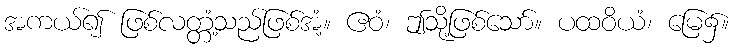
အကယ်၍ ဖြစ်လတ္တံ့သည်ဖြစ်အံ့။ ဧဝံ၊ ဤသို့ဖြစ်သော်။ ပထဝိယံ၊ မြေ၌။